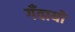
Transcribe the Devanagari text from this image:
गँवायो